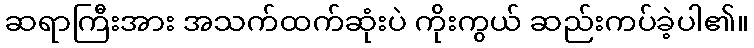
ဆရာကြီးအား အသက်ထက်ဆုံးပဲ ကိုးကွယ် ဆည်းကပ်ခဲ့ပါ၏။